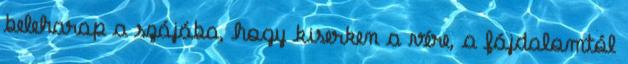
beleharap a szájába, hogy kiserken a vére, a fájdalomtól